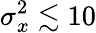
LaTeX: \sigma_{x}^{2}\lesssim 10